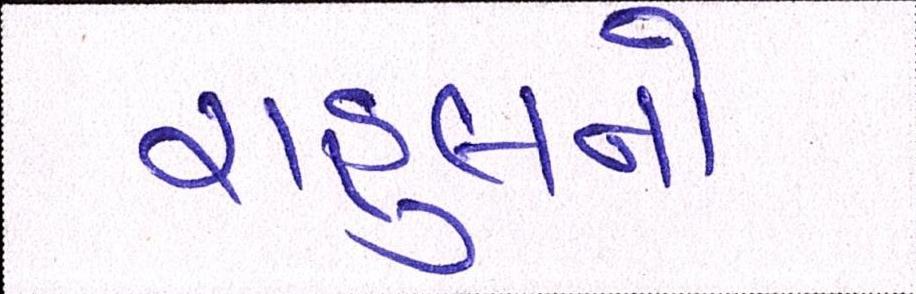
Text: રાહુલનો